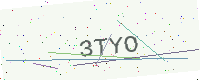
Text: 3TYO